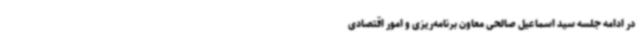
در ادامه جلسه سید اسماعیل صالحی معاون برنامه‌ریزی و امور اقتصادی